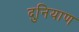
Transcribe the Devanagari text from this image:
दुनियाण